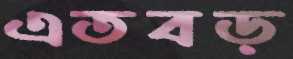
এতবড়